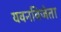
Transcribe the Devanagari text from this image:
यवनविजेता